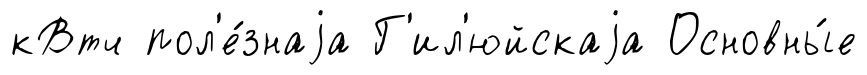
кВтч пол'е́знаjа Г'ил'юйскаjа Основны́е